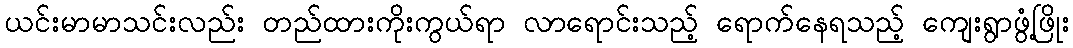
ယင်းမာမာသင်းလည်း တည်ထားကိုးကွယ်ရာ လာရောင်းသည့် ရောက်နေရသည့် ကျေးရွာဖွံ့ဖြိုး